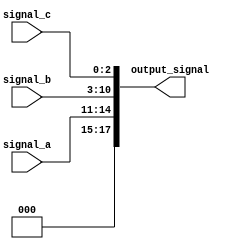
module concatenation_example (
    input wire [3:0] signal_a,   // 4-bit input signal
    input wire [7:0] signal_b,   // 8-bit input signal
    input wire [2:0] signal_c,   // 3-bit input signal
    output wire [17:0] output_signal // 17-bit output signal (4 + 8 + 3 = 15 bits)
);

// Continuous assignment using concatenation operator
assign output_signal = {signal_a, signal_b, signal_c}; // Concatenate signals

endmodule